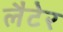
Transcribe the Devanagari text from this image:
लैटेर